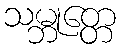
သမ္ဘုတ္တေ